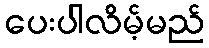
ပေးပါလိမ့်မည်